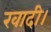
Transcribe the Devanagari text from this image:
खादी।